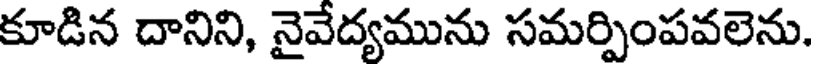
కూడిన దానిని, నైవేద్యమును సమర్పింపవలెను.